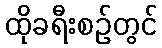
ထိုခရီးစဉ်တွင်